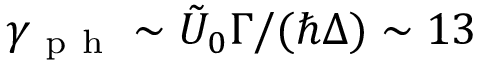
\gamma _ { \mathrm { ~ p ~ h ~ } } \sim \tilde { U } _ { 0 } \Gamma / ( \hbar \Delta ) \sim 1 3